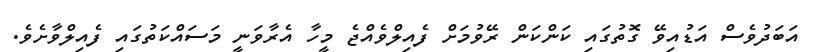
އަބަދުވެސް އަޑުއިވޭ ގޮތުގައި ކަންކަން ރޭވުމަށް ފެއިލްވެއްޖެ މީހާ އެރާވަނީ މަސައްކަތުގައި ފެއިލްވާށެވެ.